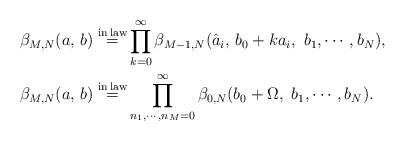
LaTeX: \begin{align*}\beta_{M, N}(a,\,b) \overset{{\rm in \,law}}{=}&\prod\limits_{k=0}^\infty \beta_{M-1, N}(\hat{a}_i,\,b_0+ka_i, \, \,b_1,\cdots, b_N), \\\beta_{M, N}(a,\,b) \overset{{\rm in \,law}}{=}&\prod\limits_{n_1,\cdots ,n_M=0}^\infty \beta_{0, N}(b_0+\Omega,\,\,b_1,\cdots, b_N). \end{align*}